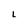
Character: L